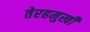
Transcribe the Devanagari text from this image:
तेरहमुखी